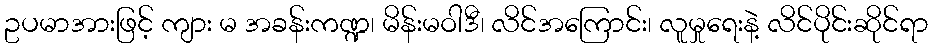
ဥပမာအားဖြင့် ကျား မ အခန်းကဏ္ဍ၊ မိန်းမဝါဒီ၊ လိင်အကြောင်း၊ လူမှုရေးနဲ့ လိင်ပိုင်းဆိုင်ရာ